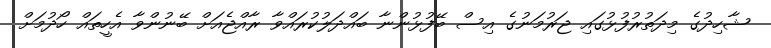
ޝާހިދުގެ މިދަތުރުފުޅުގައި ޖަރުމަނުގެ އިސް ބޭފުޅުންނާ ބައްދަލުކުރައްވާ ރާއްޖެއަށް ބޭނުންވާ އެހީތައް ހޯދުމަށް